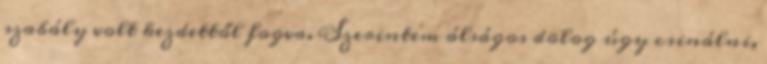
szabály volt kezdettől fogva. Szerintem álságos dolog úgy csinálni,